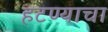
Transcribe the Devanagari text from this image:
हटण्याचा